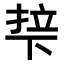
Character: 𬻡